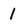
Character: 1